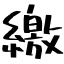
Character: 繳